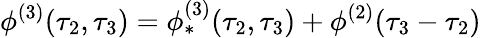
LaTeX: \phi^{(3)}(\tau_{2},\tau_{3})=\phi_{*}^{(3)}(\tau_{2},\tau_{3})+\phi^{(2)}(\tau_{3}-\tau_{2})